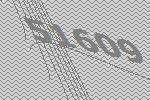
51609